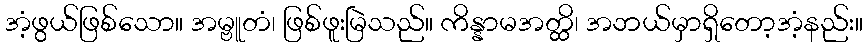
အံ့ဖွယ်ဖြစ်သော။ အမ္ဗူတံ၊ ဖြစ်ဖူးမြဲသည်။ ကိန္နာမအတ္ထိ၊ အဘယ်မှာရှိတော့အံ့နည်း။